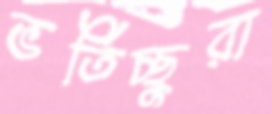
ভর্তিচ্ছুরা